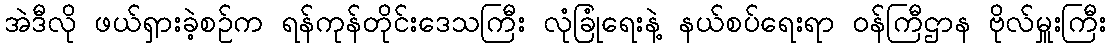
အဲဒီလို ဖယ်ရှားခဲ့စဉ်က ရန်ကုန်တိုင်းဒေသကြီး လုံခြုံရေးနဲ့ နယ်စပ်ရေးရာ ဝန်ကြီဌာန ဗိုလ်မှူးကြီး